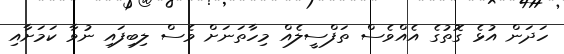
ހަދަން އުޅެ ގޮތުގެ އެއްވެސް ތަފްސީލެއް މިހާތަނަށް ވެސް ލިބިފައި ނުވާ ކަމަށާއި